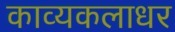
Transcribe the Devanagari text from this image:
काव्यकलाधर